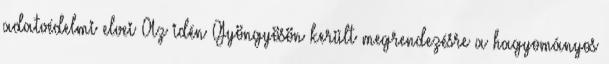
adatvédelmi elvei Az idén Gyöngyösön került megrendezésre a hagyományos